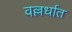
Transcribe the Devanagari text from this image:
वल्लर्धात